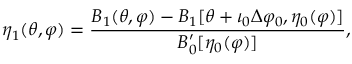
\eta _ { 1 } ( \theta , \varphi ) = \frac { B _ { 1 } ( \theta , \varphi ) - B _ { 1 } [ \theta + \iota _ { 0 } \Delta \varphi _ { 0 } , \eta _ { 0 } ( \varphi ) ] } { B _ { 0 } ^ { \prime } [ \eta _ { 0 } ( \varphi ) ] } ,